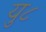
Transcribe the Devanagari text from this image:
यु८